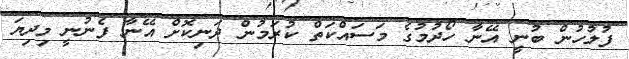
ފުލުހުން ބުނީ އޭނާ ހޯދުމުގެ މަަސައްކަތް ކުރަމުން ދަނިކޮށް އޭނާ ފެނުނީ މިދިޔަ